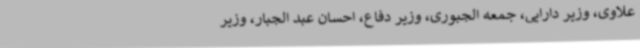
علاوی، وزیر دارایی، جمعه الجبوری، وزیر دفاع، احسان عبد الجبار، وزیر